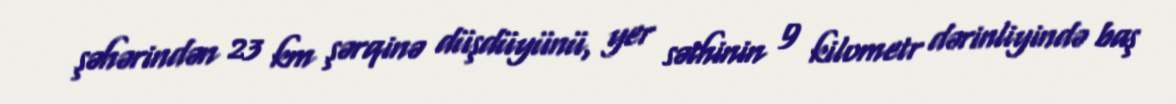
şəhərindən 23 km şərqinə düşdüyünü, yer səthinin 9 kilometr dərinliyində baş